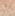
له